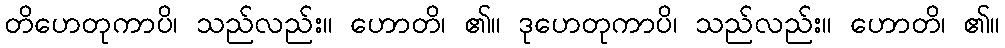
တိဟေတုကာပိ၊ သည်လည်း။ ဟောတိ၊ ၏။ ဒုဟေတုကာပိ၊ သည်လည်း။ ဟောတိ၊ ၏။